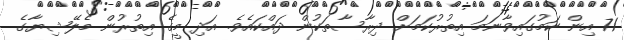
71 އިން ކަމުގައިވާނަމަ އިތުރުކަމަށް ދިރާސާތަކުން ދައްކައެވެ. އަދި މީގެ އިތުރުން މެލޭޝިޔާގެ